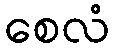
စေလံ